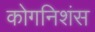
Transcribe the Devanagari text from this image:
कोगनिशंस